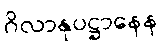
ဂိလာနုပဋ္ဌာနေန